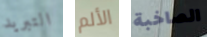
التبريد الألم الصاخبة